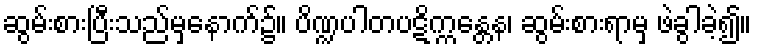
ဆွမ်းစားပြီးသည်မှနောက်၌။ ပိဏ္ဍပါတပဋိက္ကန္တေန၊ ဆွမ်းစားရာမှ ဖဲခွါခဲ့၍။